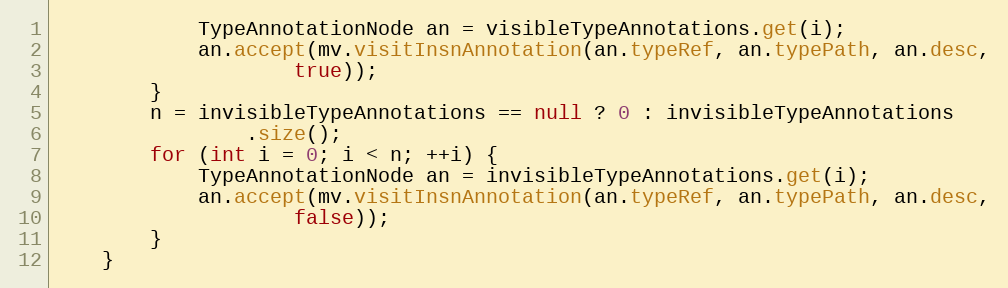
Language: Java
            TypeAnnotationNode an = visibleTypeAnnotations.get(i);
            an.accept(mv.visitInsnAnnotation(an.typeRef, an.typePath, an.desc,
                    true));
        }
        n = invisibleTypeAnnotations == null ? 0 : invisibleTypeAnnotations
                .size();
        for (int i = 0; i < n; ++i) {
            TypeAnnotationNode an = invisibleTypeAnnotations.get(i);
            an.accept(mv.visitInsnAnnotation(an.typeRef, an.typePath, an.desc,
                    false));
        }
    }